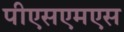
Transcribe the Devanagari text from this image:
पीएसएमएस